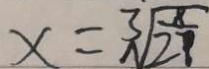
x = \sqrt [ 3 ] { \frac { 8 } { 2 7 } }